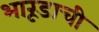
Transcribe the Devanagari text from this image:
भारूडाची